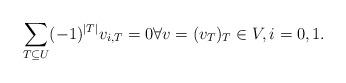
LaTeX: \begin{align*}\sum_{T\subseteq U} (-1)^{|T|} v_{i,T}=0 \forall v=(v_T)_T\in V, i=0,1.\end{align*}